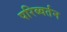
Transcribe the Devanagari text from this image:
परिब्वर्तन